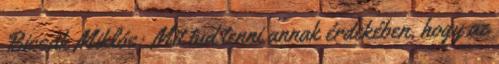
Bicsák Miklós: Mit tud tenni annak érdekében, hogy az